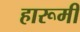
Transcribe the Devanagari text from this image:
हारूमी